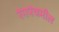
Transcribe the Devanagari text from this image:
रंगपंचमील